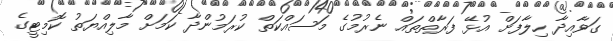
ގަވާއިދާ ހިލާފަށް އުޅޭ ފަރާތްތައް ނެރުމުގެ މަސައްކަތް ކުރަމުންދާ ކަމަށް މާލިއްޔަތު ކޮމިޓީގެ